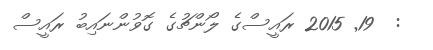
:  19